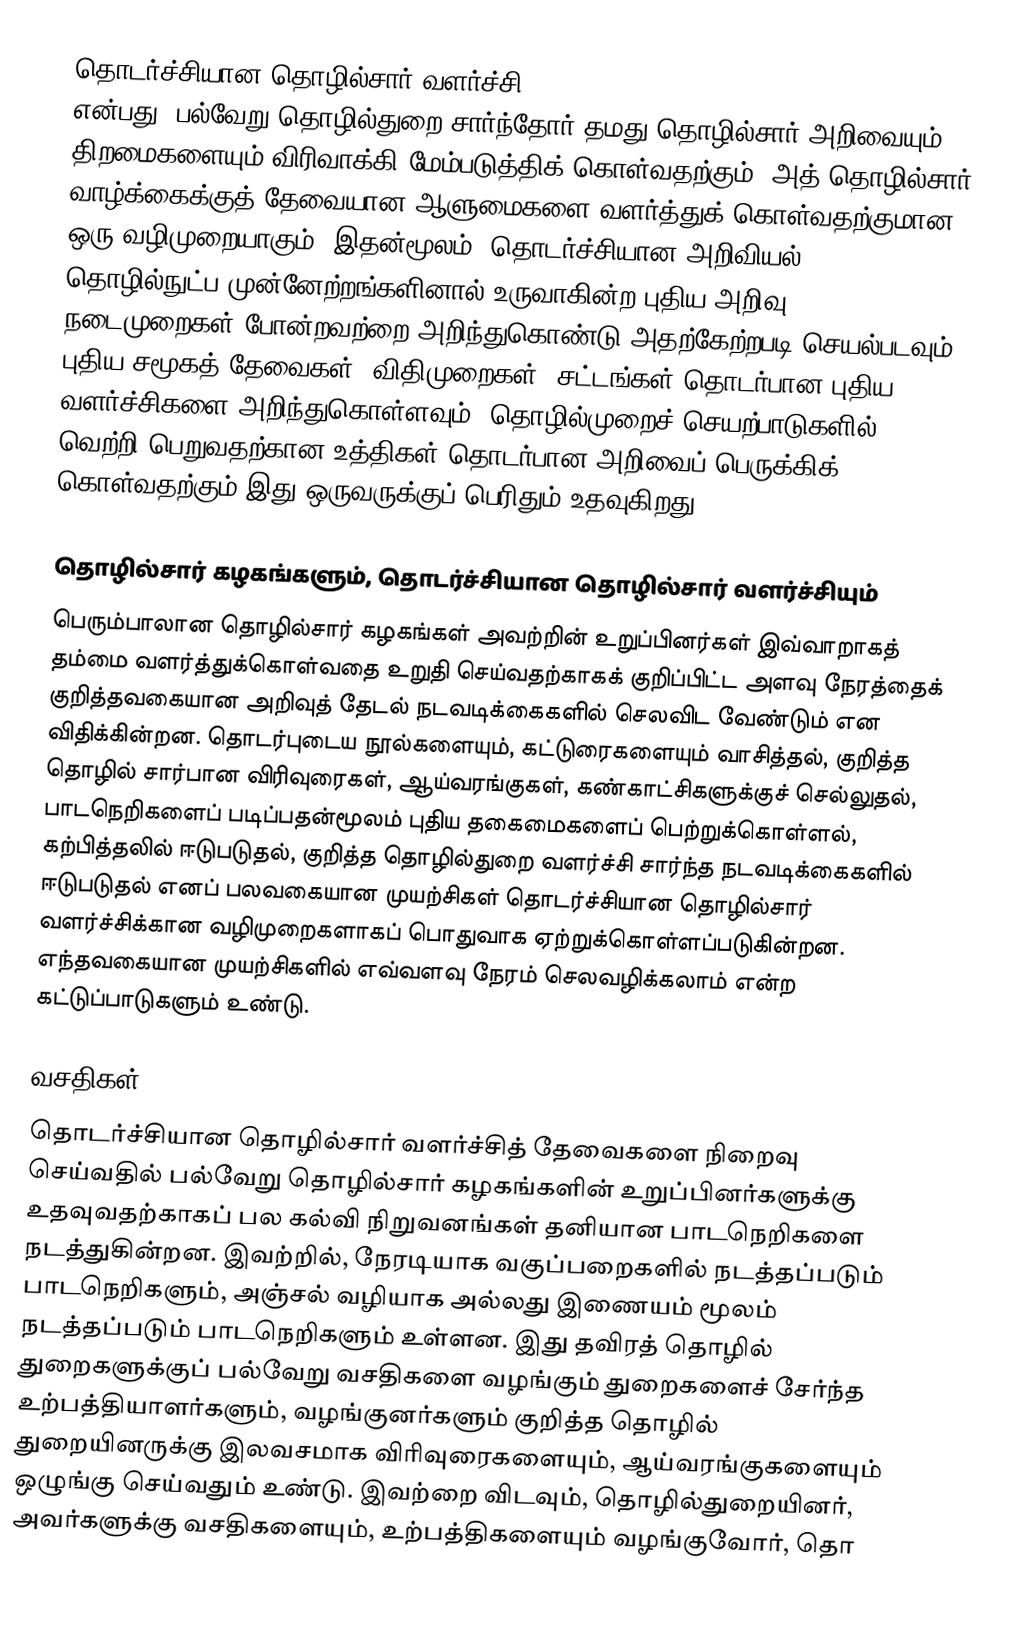
தொடர்ச்சியான தொழில்சார் வளர்ச்சி (Continuing professional development) என்பது, பல்வேறு தொழில்துறை சார்ந்தோர் தமது தொழில்சார் அறிவையும் திறமைகளையும் விரிவாக்கி மேம்படுத்திக் கொள்வதற்கும், அத் தொழில்சார் வாழ்க்கைக்குத் தேவையான ஆளுமைகளை வளர்த்துக் கொள்வதற்குமான ஒரு வழிமுறையாகும். இதன்மூலம், தொடர்ச்சியான அறிவியல், தொழில்நுட்ப முன்னேற்றங்களினால் உருவாகின்ற புதிய அறிவு, நடைமுறைகள் போன்றவற்றை அறிந்துகொண்டு அதற்கேற்றபடி செயல்படவும், புதிய சமூகத் தேவைகள், விதிமுறைகள், சட்டங்கள் தொடர்பான புதிய வளர்ச்சிகளை அறிந்துகொள்ளவும், தொழில்முறைச் செயற்பாடுகளில் வெற்றி பெறுவதற்கான உத்திகள் தொடர்பான அறிவைப் பெருக்கிக் கொள்வதற்கும் இது ஒருவருக்குப் பெரிதும் உதவுகிறது.

தொழில்சார் கழகங்களும், தொடர்ச்சியான தொழில்சார் வளர்ச்சியும்
பெரும்பாலான தொழில்சார் கழகங்கள் அவற்றின் உறுப்பினர்கள் இவ்வாறாகத் தம்மை வளர்த்துக்கொள்வதை உறுதி செய்வதற்காகக் குறிப்பிட்ட அளவு நேரத்தைக் குறித்தவகையான அறிவுத் தேடல் நடவடிக்கைகளில் செலவிட வேண்டும் என விதிக்கின்றன. தொடர்புடைய நூல்களையும், கட்டுரைகளையும் வாசித்தல், குறித்த தொழில் சார்பான விரிவுரைகள், ஆய்வரங்குகள், கண்காட்சிகளுக்குச் செல்லுதல், பாடநெறிகளைப் படிப்பதன்மூலம் புதிய தகைமைகளைப் பெற்றுக்கொள்ளல், கற்பித்தலில் ஈடுபடுதல், குறித்த தொழில்துறை வளர்ச்சி சார்ந்த நடவடிக்கைகளில் ஈடுபடுதல் எனப் பலவகையான முயற்சிகள் தொடர்ச்சியான தொழில்சார் வளர்ச்சிக்கான வழிமுறைகளாகப் பொதுவாக ஏற்றுக்கொள்ளப்படுகின்றன. எந்தவகையான முயற்சிகளில் எவ்வளவு நேரம் செலவழிக்கலாம் என்ற கட்டுப்பாடுகளும் உண்டு.

வசதிகள்
தொடர்ச்சியான தொழில்சார் வளர்ச்சித் தேவைகளை நிறைவு செய்வதில் பல்வேறு தொழில்சார் கழகங்களின் உறுப்பினர்களுக்கு உதவுவதற்காகப் பல கல்வி நிறுவனங்கள் தனியான பாடநெறிகளை நடத்துகின்றன. இவற்றில், நேரடியாக வகுப்பறைகளில் நடத்தப்படும் பாடநெறிகளும், அஞ்சல் வழியாக அல்லது இணையம் மூலம் நடத்தப்படும் பாடநெறிகளும் உள்ளன. இது தவிரத் தொழில் துறைகளுக்குப் பல்வேறு வசதிகளை வழங்கும் துறைகளைச் சேர்ந்த உற்பத்தியாளர்களும், வழங்குனர்களும் குறித்த தொழில் துறையினருக்கு இலவசமாக விரிவுரைகளையும், ஆய்வரங்குகளையும் ஒழுங்கு செய்வதும் உண்டு. இவற்றை விடவும், தொழில்துறையினர், அவர்களுக்கு வசதிகளையும், உற்பத்திகளையும் வழங்குவோர், தொ